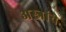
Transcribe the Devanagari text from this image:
अस्त्रांचे